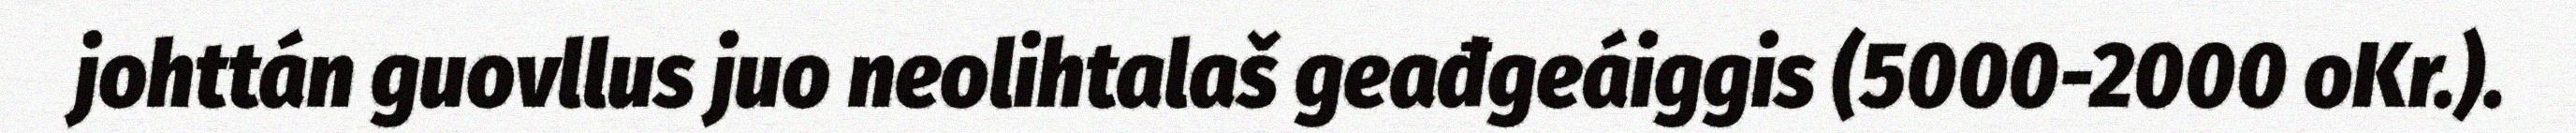
johttán guovllus juo neolihtalaš geađgeáiggis (5000-2000 oKr.).